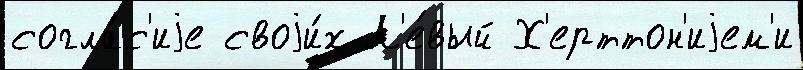
согла́с'иjе своjи́х Л'е́вый Х'ерттон'иjем'и